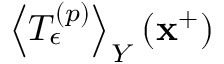
\left\langle T _ { \epsilon } ^ { \left( p \right) } \right\rangle _ { Y } ( \mathbf { x } ^ { + } )